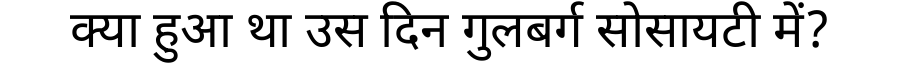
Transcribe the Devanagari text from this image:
क्या हुआ था उस दिन गुलबर्ग सोसायटी में?